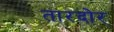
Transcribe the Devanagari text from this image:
तारदोर